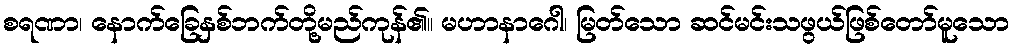
စရဏာ၊ နောက်ခြေနှစ်ဘက်တို့မည်ကုန်၏။ မဟာနာဂေါ၊ မြတ်သော ဆင်မင်းသဖွယ်ဖြစ်တော်မူသော